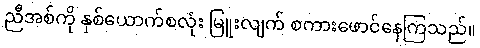
ညီအစ်ကို နှစ်ယောက်စလုံး မြူးလျက် စကားဖောင်နေကြသည်။